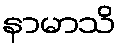
နာမာသိ